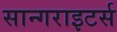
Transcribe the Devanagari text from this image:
सान्गराइटर्स